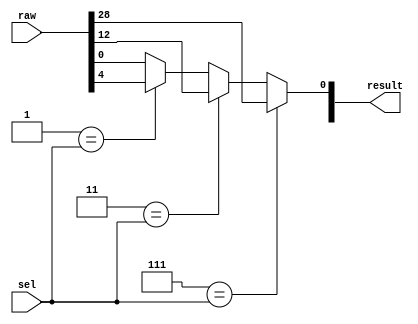
module Mux
// binary tree structure
#(
    parameter level   = 4,
    parameter data_sz = 4,
    parameter sel_sz  = 3
)
(
    output wire[data_sz                - 1:0] result,
    input  wire[(1<<(level-1))*data_sz - 1:0] raw, // number of data set must have 2^(level-1)
    input  wire[sel_sz                 - 1:0] sel
    
);
    localparam amt_lg_node = (1<<(level-1)) -1;
    localparam amt_lv_node = 1 <<(level-1);

    wire[amt_lv_node+amt_lg_node          :0] lg_tree; // logic   tree 
    wire[(amt_lv_node+amt_lg_node)*data_sz:0] tf_tree; // tranfer tree
    
    genvar i;

    for(i = 0; i < amt_lg_node; i = i + 1)begin
        assign lg_tree[i]         = lg_tree[2*i+2];
        assign tf_tree[i*data_sz] = lg_tree[i] ?   tf_tree[ (2*i+2)*data_sz + data_sz - 1 : (2*i+2)*data_sz] :
                                                   tf_tree[ (2*i+1)*data_sz + data_sz - 1 : (2*i+1)*data_sz] ;
    end

    for(i = amt_lg_node; i < amt_lg_node + amt_lv_node; i = i + 1)begin
        assign lg_tree[i]         = ((i-amt_lg_node) == sel);
    end

    assign tf_tree[(amt_lg_node + amt_lv_node)*data_sz-1 : amt_lg_node*data_sz] = raw;
    assign result = tf_tree[data_sz:0];

endmodule